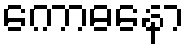
ကောဓနော